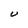
Character: U